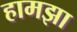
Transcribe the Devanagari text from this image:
हामझा